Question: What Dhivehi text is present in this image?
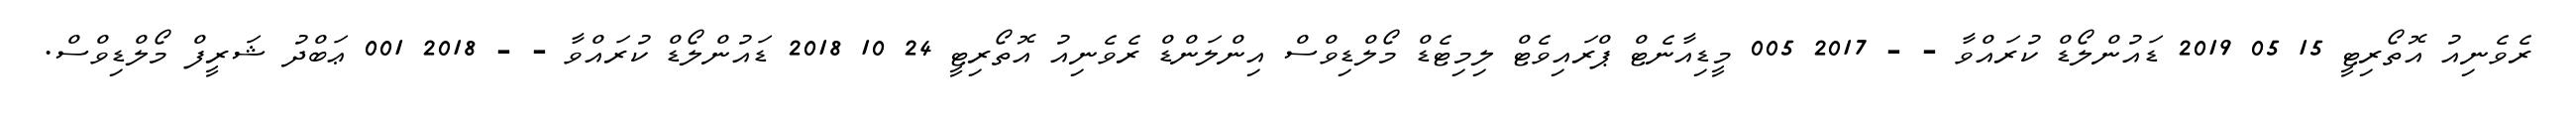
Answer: ރެވެނިއު އޮތޯރިޓީ 15 05 2019 ޑައުންލޯޑް ކުރައްވާ - - 2017 005 މީޑިއާނެޓް ޕްރައިވެޓް ލިމިޓެޑް މޯލްޑިވްސް އިންލަންޑް ރެވެނިއު އޮތޯރިޓީ 24 10 2018 ޑައުންލޯޑް ކުރައްވާ - - 2018 001 ޢަބްދު ޝަރީފް މޯލްޑިވްސް.